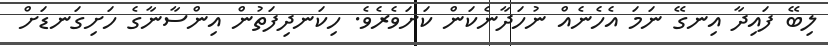
ލިބޭ ފައިދާ އިނގޭ ނަމަ އެހެނެއް ނުހަދާނެކަން ކަށަވެރެވެ. ހިކަނދިފަތުން އިންސާނާގެ ހަށިގަނޑަށް